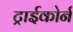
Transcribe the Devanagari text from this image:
ट्राईकोर्न